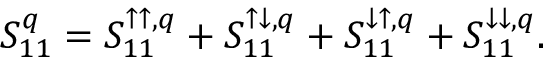
S _ { 1 1 } ^ { q } = S _ { 1 1 } ^ { \uparrow \uparrow , q } + S _ { 1 1 } ^ { \uparrow \downarrow , q } + S _ { 1 1 } ^ { \downarrow \uparrow , q } + S _ { 1 1 } ^ { \downarrow \downarrow , q } .